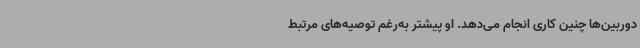
دوربین‌ها چنین کاری انجام می‌دهد. او پیشتر به‌رغم توصیه‌های مرتبط